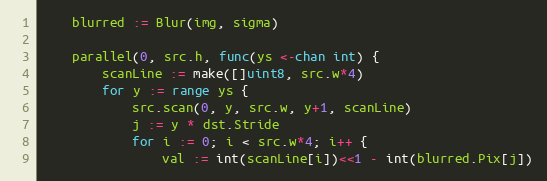
Language: Go
	blurred := Blur(img, sigma)

	parallel(0, src.h, func(ys <-chan int) {
		scanLine := make([]uint8, src.w*4)
		for y := range ys {
			src.scan(0, y, src.w, y+1, scanLine)
			j := y * dst.Stride
			for i := 0; i < src.w*4; i++ {
				val := int(scanLine[i])<<1 - int(blurred.Pix[j])